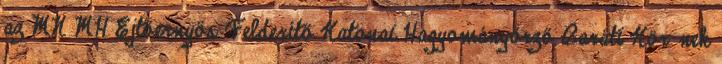
az MN MH Ejtőernyős Felderítő Katonai Hagyományőrző Baráti Kör-nek